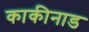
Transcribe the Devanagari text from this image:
काकीनाड